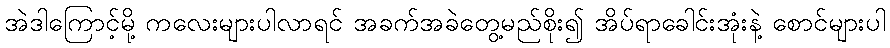
အဲဒါကြောင့်မို့ ကလေးများပါလာရင် အခက်အခဲတွေ့မည်စိုး၍ အိပ်ရာခေါင်းအုံးနဲ့ စောင်များပါ